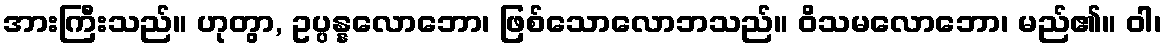
အားကြီးသည်။ ဟုတွာ, ဥပ္ပန္နလောဘော၊ ဖြစ်သောလောဘသည်။ ဝိသမလောဘော၊ မည်၏။ ဝါ၊